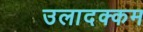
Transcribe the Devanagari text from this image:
उलादक्कम